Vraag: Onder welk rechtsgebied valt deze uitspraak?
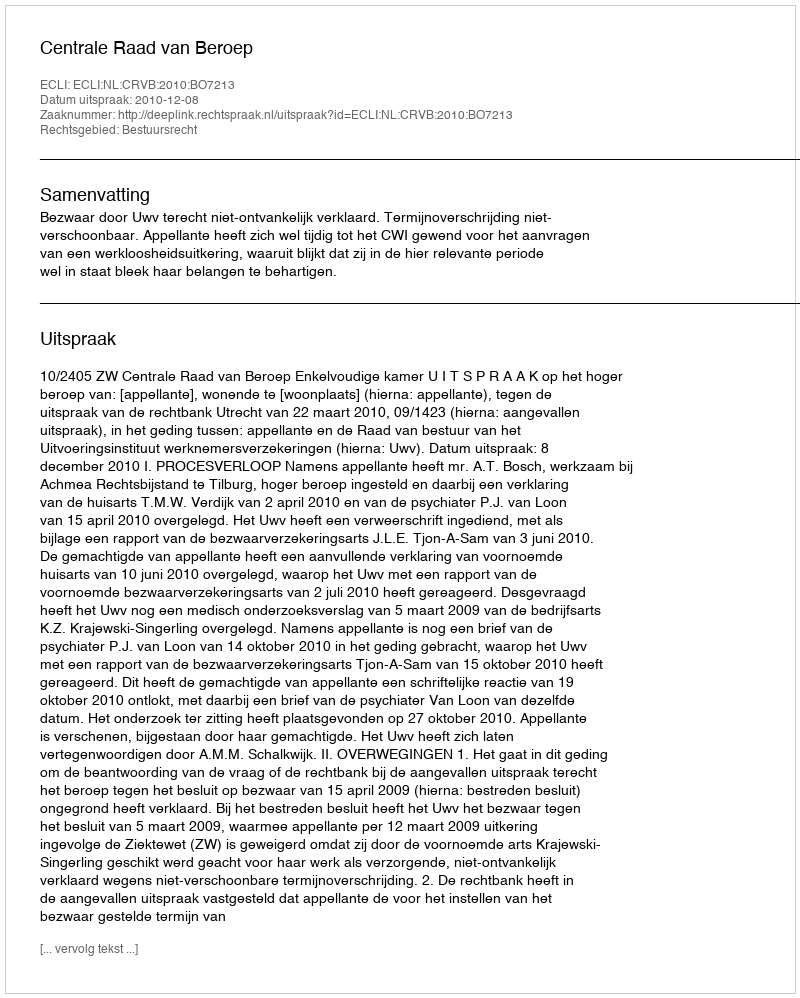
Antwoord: Bestuursrecht